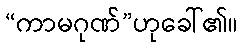
“ကာမဂုဏ်”ဟုခေါ်၏။